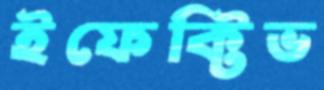
ইফেক্টিভ